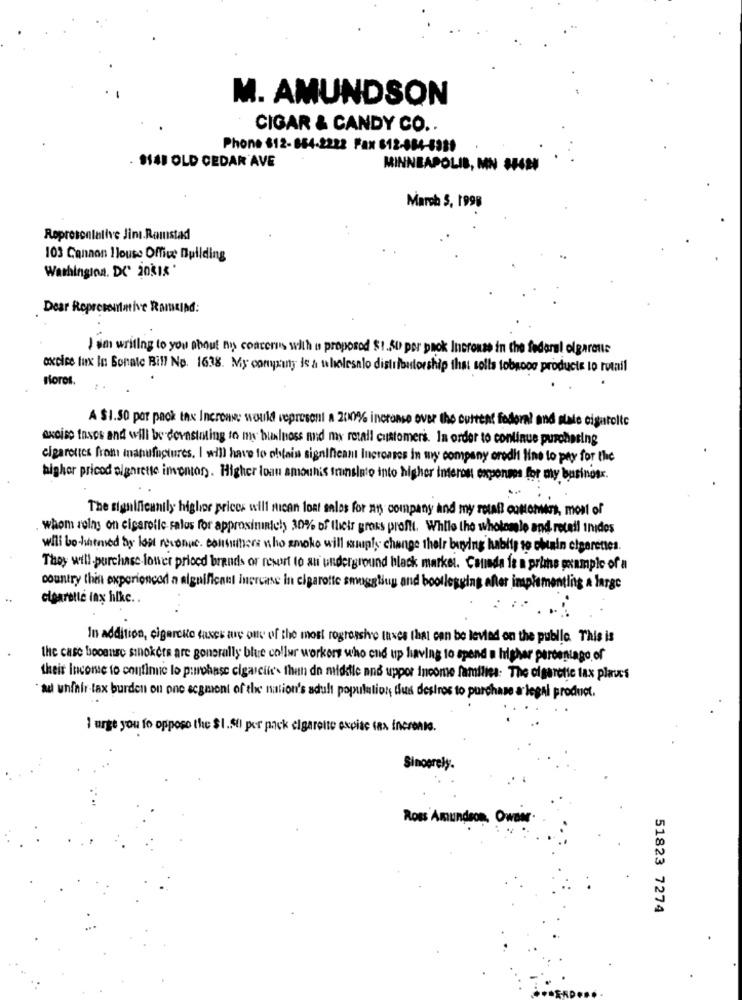
M. AMUNDSON
CIGAR & CANDY CO ..
Phone 812- 864-2222 Fax 612-884-8939
9141 OLD CEDAR AVE
MINNEAPOLIS, MN #H424
March 5, 1998
Roprescalalive Jini.Ramstad
103 Cannon House Office Building
Washinginn. DC' 20315'
Dear Representative Ramind:
I am writing to you about my concerns with a proposed $1.50 per pack Increase in the federal olgarons
oxcice tux in Sonate Bill No. 1638. My conyxany is a wholesalo distributorship that solls tobgoog products to retail
soros.
A $1.50 por pack tnx Incrons: would vepresent a 200% incronse over the cuttent fodoral and alale cigarolie
axoiso taxes and will be devastating to my business mid my retall customers. In order to continue purchasing
cigarettes from manufactures. I will have to obtain significant Increases in wy company oredit line to pay for the
higher priced sigarette inventory. Higher loan amounts innsinte into higher interest expenses for my business.
..
The significantly higher prices will sican loat sales for my company and my rotall colonnes, most of
whom roing on cigaretle ralos for approsimanicy 30% of thets gross profit. While the wholemle and retail unidos
wili bo hmemed by lost revenue. contwhere who smoke will suply change their buying habits to obtain cigaretes.
They will purchase lower priced brands or resort to an underground black market. Canada fe a prime poample of a
country this experienced a alguificant inercase in cigarotte smuggling and bootlegging after implementing a large
cigarette iny hlke ..
In addition, cigarcito taxes are one of the most rogressive tasse that can be levied on the public. This is
the case boosnro smokers are generally blue collar workers who end up having to spend a higher percentage of
their Income to continue lo pumohase cigarcin'. then do midile and upper income families. The cigarette tax plass
au unfair-tax burden on one segment of the nation's adult population, thus desiros to purchase ar legal product.
I urge you fo opposo the $1.50) per pack cigarette excise tax incronto.
Sincerely.
Ross Amundson, Owner.
51823 7274